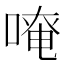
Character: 𠺄